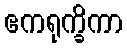
ဧကရုက္ခိကာ